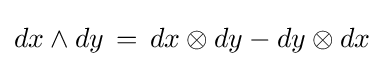
dx\wedge dy\,=\,dx\otimes dy-dy\otimes dx